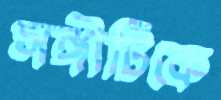
সঙ্গীটিকে